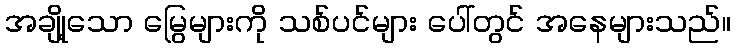
အချို့သော မြွေများကို သစ်ပင်များ ပေါ်တွင် အနေများသည်။